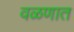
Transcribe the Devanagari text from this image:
वळणात